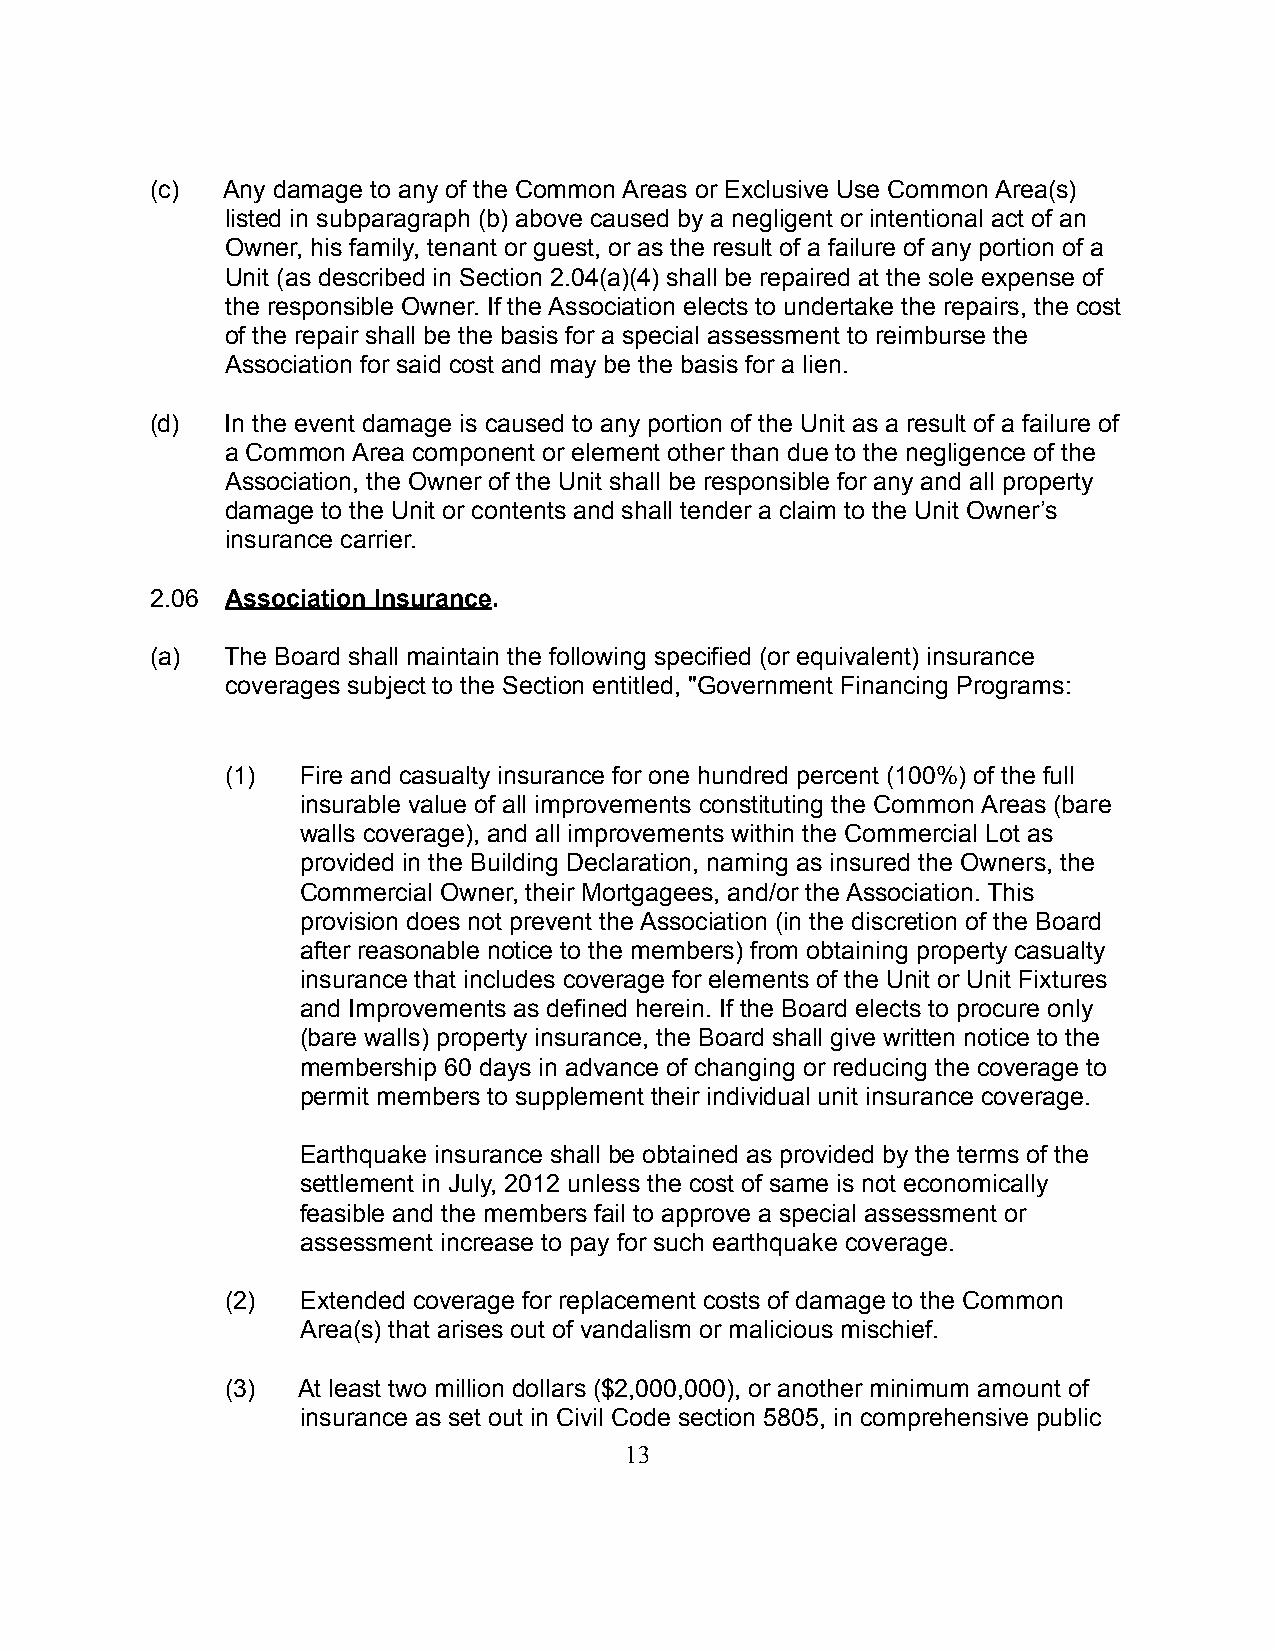
(c)  Any damage to any of the Common Areas or Exclusive Use Common Area(s)
 listed in subparagraph (b) above caused by a negligent or intentional act of an
 Owner, his family, tenant or guest, or as the result of a failure of any portion of a
 Unit (as described in Section 2.04(a)(4) shall be repaired at the sole expense of
 the responsible Owner. If the Association elects to undertake the repairs, the cost
 of the repair shall be the basis for a special assessment to reimburse the
 Association for said cost and may be the basis for a lien.
 (d)  In the event damage is caused to any portion of the Unit as a result of a failure of
 a Common Area component or element other than due to the negligence of the
 Association, the Owner of the Unit shall be responsible for any and all property
 damage to the Unit or contents and shall tender a claim to the Unit Owner’s
 insurance carrier.
 2.06 Association Insurance.
 (a)  The Board shall maintain the following specified (or equivalent) insurance
 coverages subject to the Section entitled, "Government Financing Programs:
 (1)  Fire and casualty insurance for one hundred percent (100%) of the full
 insurable value of all improvements constituting the Common Areas (bare
 walls coverage), and all improvements within the Commercial Lot as
 provided in the Building Declaration, naming as insured the Owners, the
 Commercial Owner, their Mortgagees, and/or the Association. This
 provision does not prevent the Association (in the discretion of the Board
 after reasonable notice to the members) from obtaining property casualty
 insurance that includes coverage for elements of the Unit or Unit Fixtures
 and Improvements as defined herein. If the Board elects to procure only
 (bare walls) property insurance, the Board shall give written notice to the
 membership 60 days in advance of changing or reducing the coverage to
 permit members to supplement their individual unit insurance coverage.
 Earthquake insurance shall be obtained as provided by the terms of the
 settlement in July, 2012 unless the cost of same is not economically
 feasible and the members fail to approve a special assessment or
 assessment increase to pay for such earthquake coverage.
 (2)  Extended coverage for replacement costs of damage to the Common
 Area(s) that arises out of vandalism or malicious mischief.
 (3)  At least two million dollars ($2,000,000), or another minimum amount of
 insurance as set out in Civil Code section 5805, in comprehensive public
 13